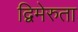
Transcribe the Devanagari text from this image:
द्विमेरुता